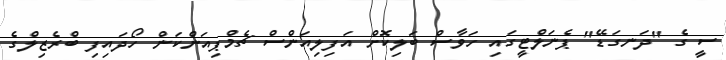
ސީ ގެ "ދަނގަޑޭ" ޕެނަލްޓީގައި ހަވާސް ބަލިކޮށް އަފިލިއަންސް ޗެމްޕިއަންކަން ހޯދައިފި ބްރެޒިލްގެ